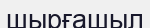
шырғашыл